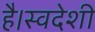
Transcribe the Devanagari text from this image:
है।स्वदेशी